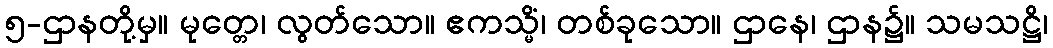
၅-ဌာနတို့မှ။ မုတ္တေ၊ လွတ်သော။ ဧကသ္မိံ၊ တစ်ခုသော။ ဌာနေ၊ ဌာန၌။ သမသဋ္ဌိ၊